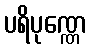
ပရိပုဏ္ဏေ